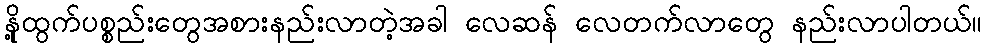
နို့ထွက်ပစ္စည်းတွေအစားနည်းလာတဲ့အခါ လေဆန် လေတက်လာတွေ နည်းလာပါတယ်။